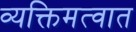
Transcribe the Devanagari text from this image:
व्यक्तिमत्वात